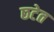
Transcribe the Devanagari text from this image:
छटेत